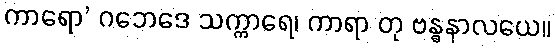
ကာရော’ ဂဘေဒေ သက္ကာရေ၊ ကာရာ တု ဗန္ဓနာလယေ။